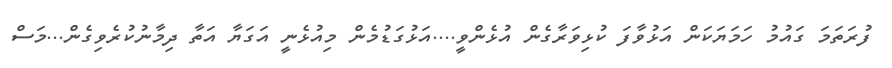
ފުރަތަމަ ގައުމު ހަމަޔަކަން އަޅުވާފަ ކުޅިވަރާގެން އުޅެންވީ....އަޅުގަޑުމެން މިއުޅެނީ އަގަޔާ އަތާ ދިމާނުކުރެވިގެން...މަސް